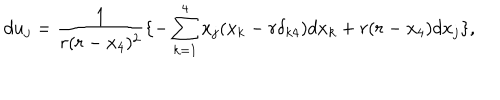
LaTeX: d u _ { j } = \frac 1 { r ( r - x _ { 4 } ) ^ { 2 } } \{ - \sum _ { k = 1 } ^ { 4 } x _ { j } ( x _ { k } - r \delta _ { k 4 } ) d x _ { k } + r ( r - x _ { 4 } ) d x _ { j } \} ,